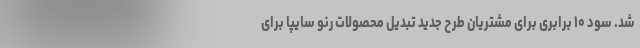
شد. سود ۱۰ برابری برای مشتریان طرح جدید تبدیل محصولات رنو سایپا برای